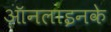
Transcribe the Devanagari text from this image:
ऑनलाइनके